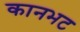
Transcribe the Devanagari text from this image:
कानभट